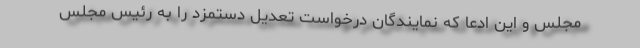
مجلس و این ادعا که نمایندگان درخواست تعدیل دستمزد را به رئیس مجلس